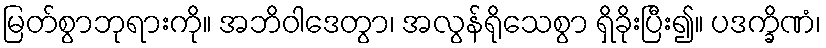
မြတ်စွာဘုရားကို။ အဘိဝါဒေတွာ၊ အလွန်ရိုသေစွာ ရှိခိုးပြီး၍။ ပဒက္ခိဏံ၊